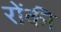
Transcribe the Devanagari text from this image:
रोंकी